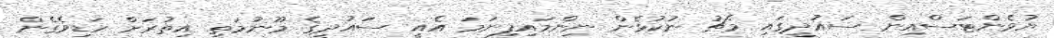
ޔުވެންޓަސްއިން ސައުދީގައި މެޗު ނުކުޅެން ނިންމައިފިނަމަ އެއީ ސައުދީގެ މޫނުމަތި އިތުރަށް ހަޑިވެގެން